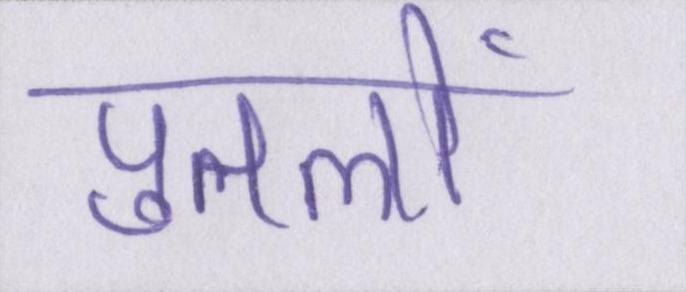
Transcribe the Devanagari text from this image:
पुतलों